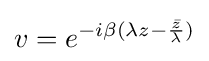
v=e^{-i\beta (\lambda z-{\frac {\bar {z}}{\lambda }})}